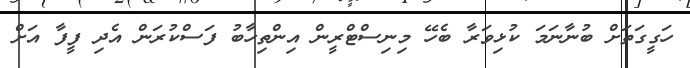
ހަގީގަތަށް ބުނާނަމަ ކުޅިވަރާ ބެހޭ މިނިސްޓްރީން އިންތިހާބު ފަސްކުރަން އެދި ފީފާ އަށް